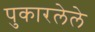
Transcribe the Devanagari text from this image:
पुकारलेले